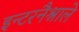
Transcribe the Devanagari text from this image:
इन्टरनैश्नाले